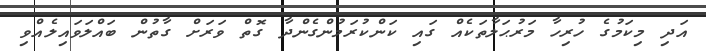
އަދި މިކަމުގެ ހުރިހާ މަރުޙަލާތަކެއް ގައި ކަންކުރަމުންގެންދާ ގޮތް ވަރަށް ގާތުން ބައްލަވައިލެއްވި